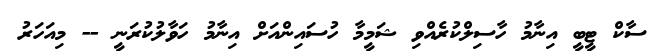
ސާކް ޓީބީ އިނާމު ހާސިލްކުރެއްވި ޝަމީމާ ހުސައިންއަށް އިނާމު ހަވާލުކުރަނީ -- މިއަހަރު